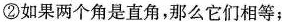
②如果两个角是直角，那么它们相等；